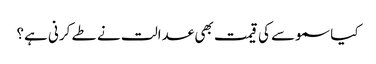
کیا سموسے کی قیمت بھی عدالت نے طے کرنی ہے؟